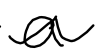
Text: a
Cross-out: wave
Writing tool: digital_black